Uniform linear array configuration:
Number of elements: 48
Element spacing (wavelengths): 0.75
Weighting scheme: blackman
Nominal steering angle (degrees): -60
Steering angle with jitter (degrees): -60.95
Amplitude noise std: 0.05
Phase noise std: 0.05

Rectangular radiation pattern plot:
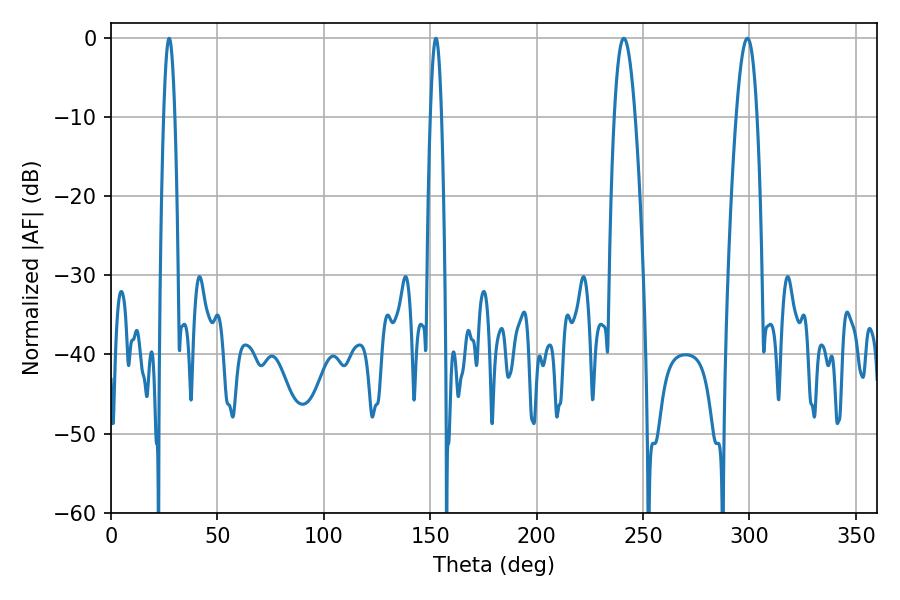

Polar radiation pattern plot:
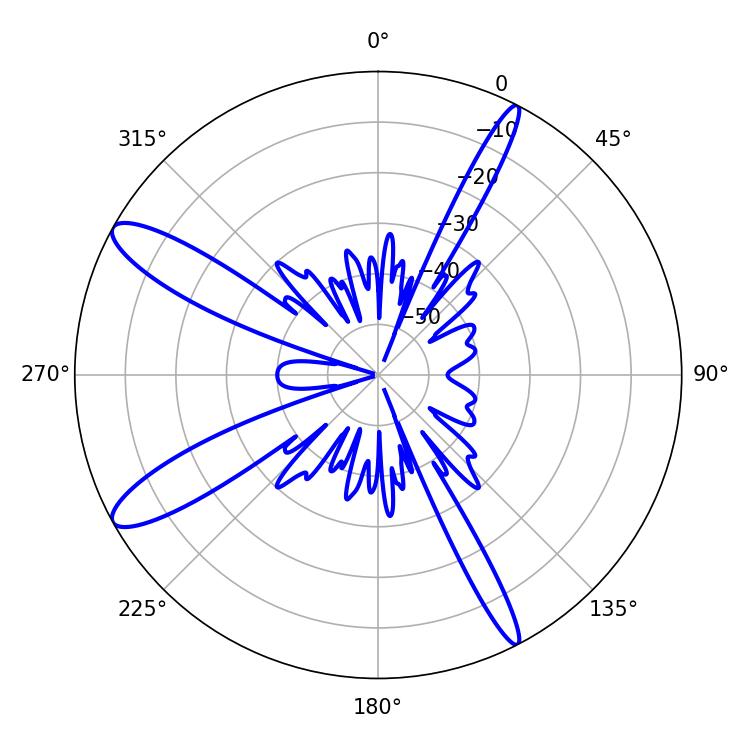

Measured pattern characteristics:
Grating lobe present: TRUE
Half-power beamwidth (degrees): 5.22
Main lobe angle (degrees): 241.02